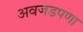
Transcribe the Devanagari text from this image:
अवजडपणा